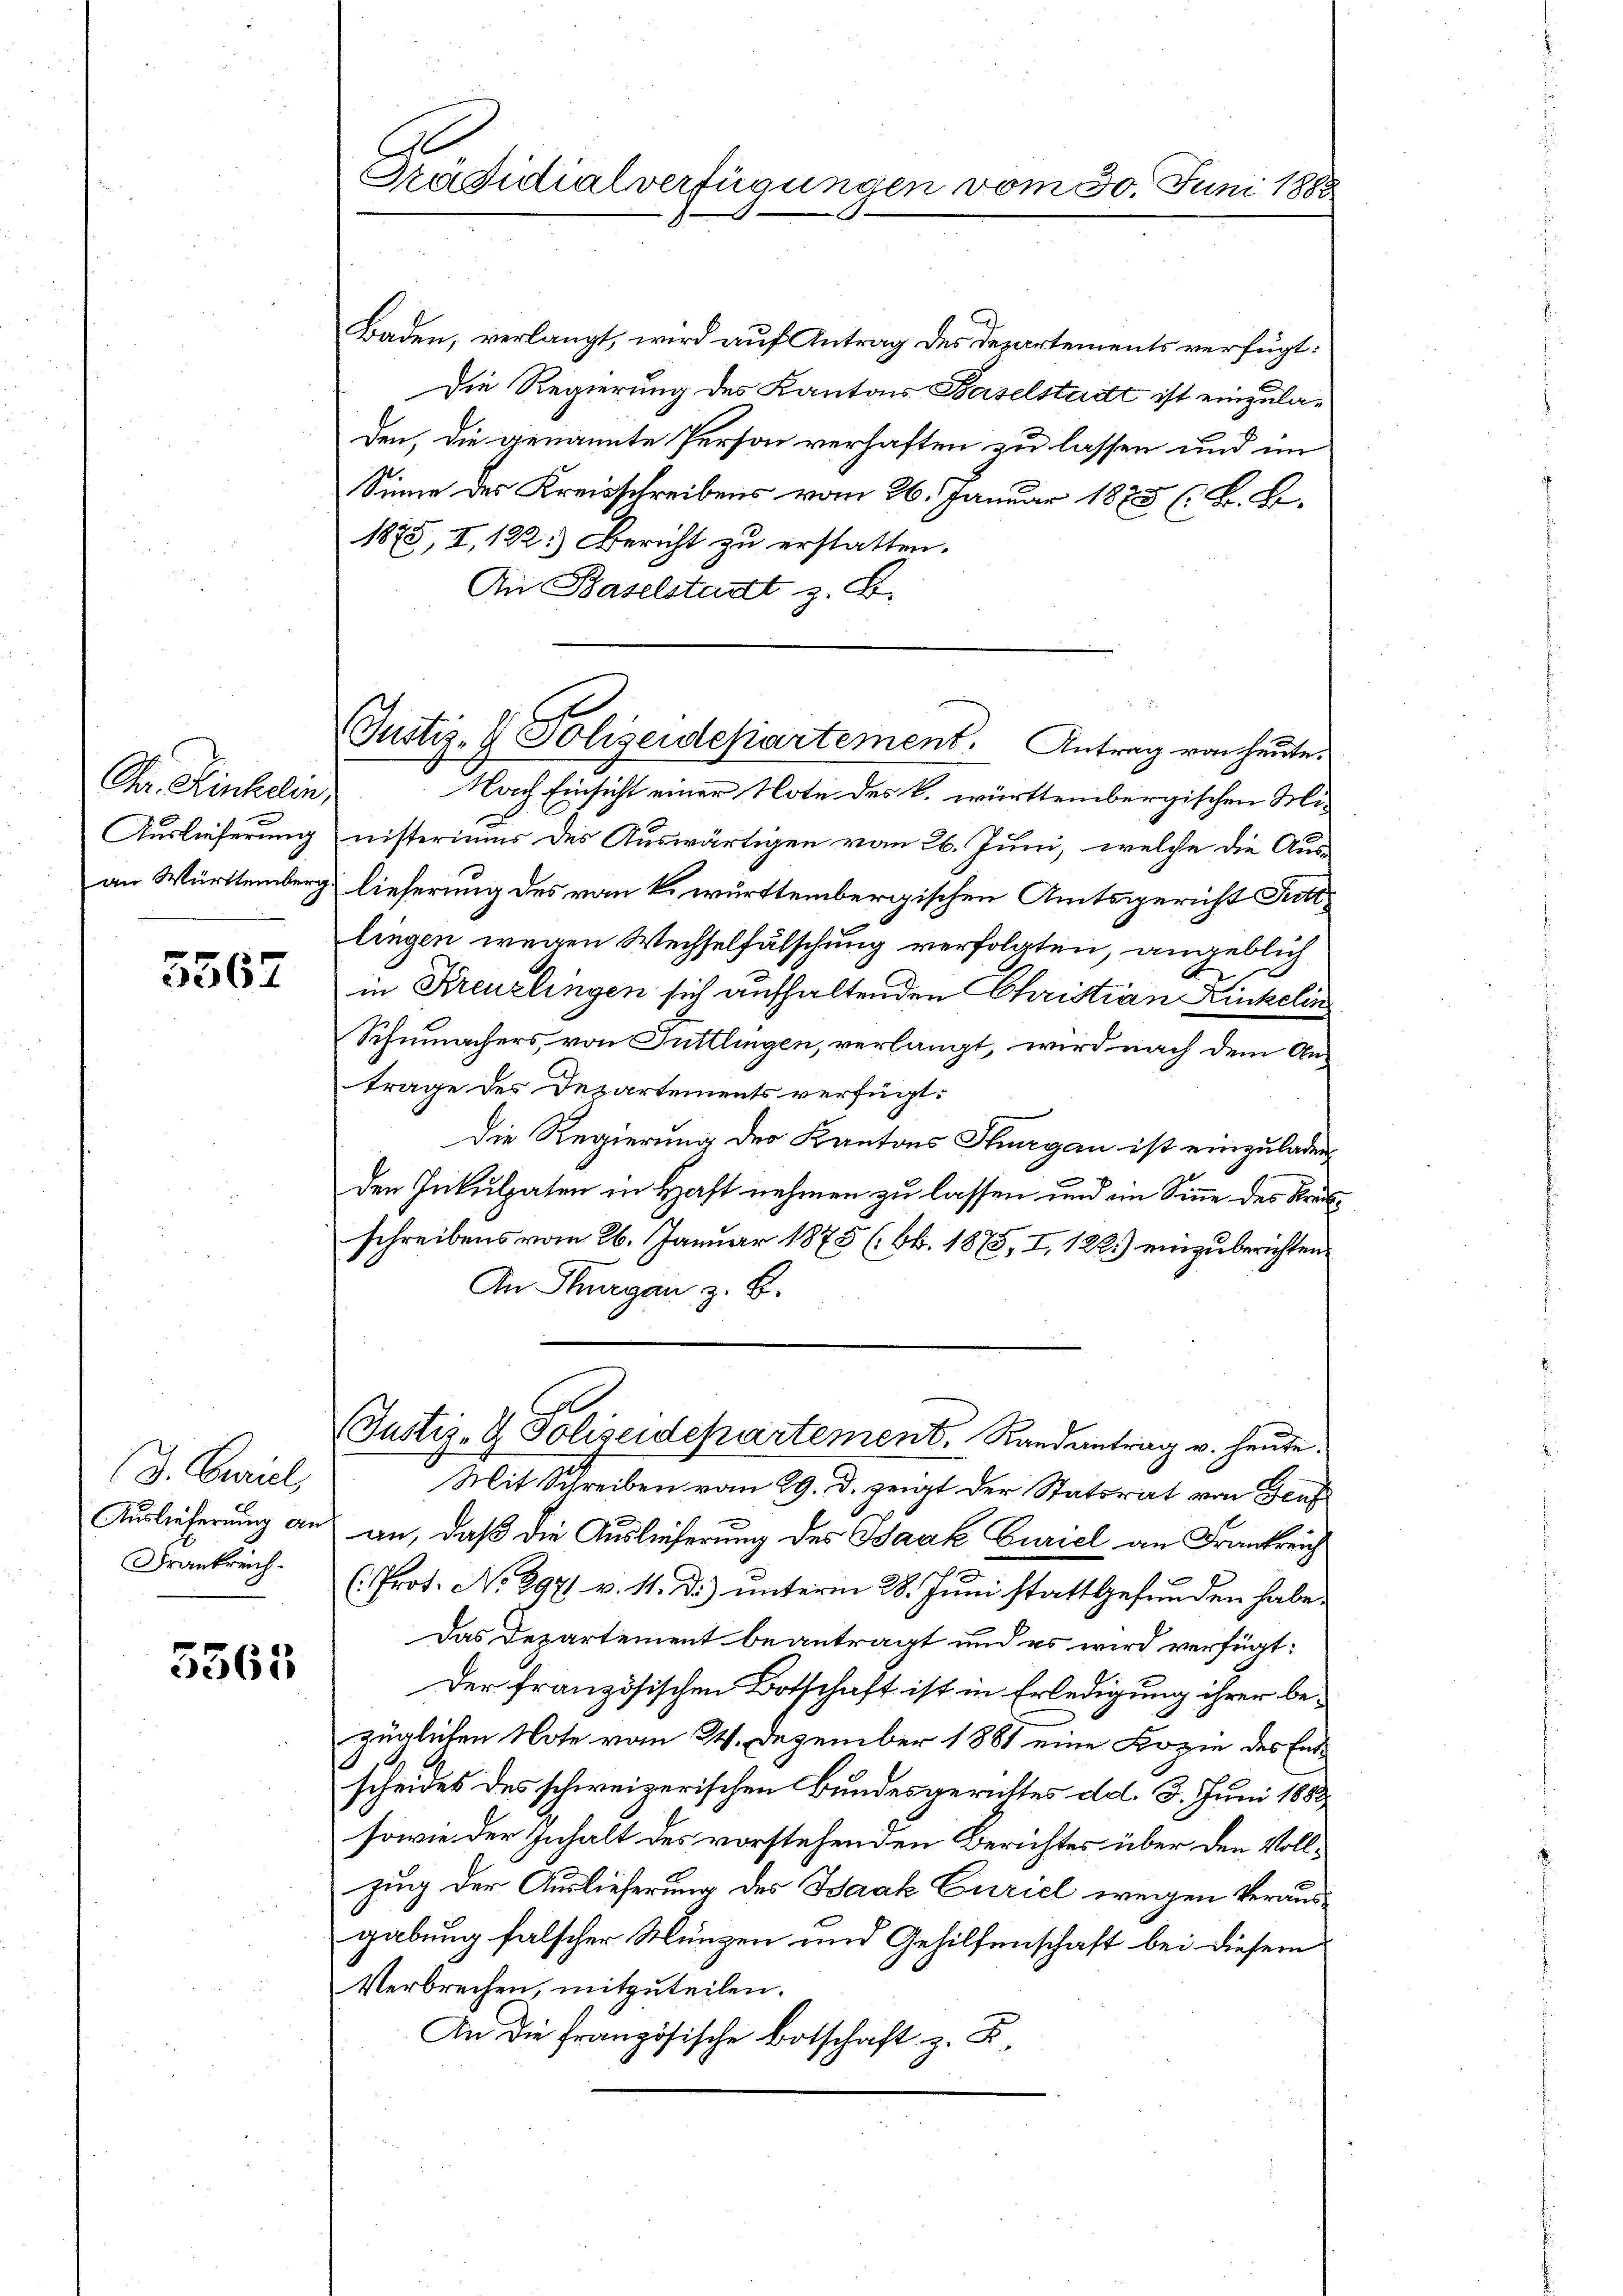
Chr. Kinkelin,
Auslieferung
an Württemberg

5567

(3. Cariel
Frankreich.

5365

Präsidialverfügungen vom 30. Juni 1882

Baden, verlangt, wird auf Antrag des Departements verfügt:
Die Regierung des Kantons Baselstadt ist einzuladen, die genannte Person verhaften zu lassen und im
Sinne des Kreisschreibens vom 26. Januar 1875 (B. B.
1875, I, 122.) Bericht zu erstatten.
An Baselstadt z. B.
Nach Einsicht einer Note des k. württembergischen Ministeriums des Auswärtigen vom 26. Juni, welche die Aus-
lieferung des vom k. württembergischen Amtsgericht Tuttlingen wegen Wechselfälschung verfolgten, angeblich
in Kreuzlingen sich aufhaltenden Christian Kinkelin
Schumachers, von Tuttlingen, verlangt, wird nach dem An-
trage des Departements verfügt:
Die Regierung der Kantons Thurgau ist einzuladen,
den Inkulpaten in Haft nehmen zu lassen und ein Sinne des Kräfschreibens vom 26. Januar 1875 (Ob. 1878, I, 122.) einzuberichten.
An Thurgan z. B.
Justiz- & Polizeidepartement. Randantrag v. heute.
Mit Schreiben vom 29. d. zeigt der Statsrat von Teuf
Auslieferung an an, daß die Auslieferung des Saak Curiel an Frankreich
x
(Prot. No 2971 v. 11. d.) unterm 28. Juni stattgefunden habe.
Das Departement beantragt und es wird verfügt:
Der französischen Botschaft ist in Erledigung ihrer bezüglichen Note vom 24. Dezember 1881 eine Bozin des Entscheides des schweizerischen Bundesgerichtes d.d. 3. Juni 1883
sowie der Inhalt des vorstehenden Berichtes über den Vollzung der Auslieferung des Saak Curiel wegen Verausgabung falscher Münzen und Gehilfenschaft bei diesem
Verbrechen, mitzuteilen.
An die französische Botschaft z. B.

Justiz- & Polizeidepartement. Antrag von heute.